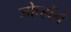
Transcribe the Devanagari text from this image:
जोन्होंने